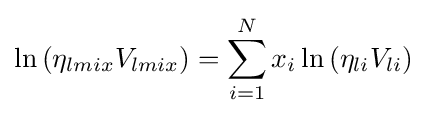
\ln \left(\eta _{lmix}V_{lmix}\right)=\sum _{i=1}^{N}x_{i}\ln \left(\eta _{li}V_{li}\right)